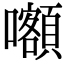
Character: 𡅅